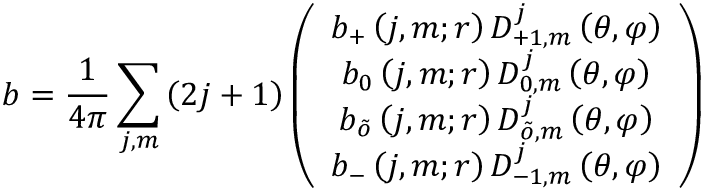
b = \frac { 1 } { 4 \pi } \sum _ { j , m } \left( 2 j + 1 \right) \left( \begin{array} { c } { { b _ { + } \left( j , m ; r \right) D _ { + 1 , m } ^ { j } \left( \theta , \varphi \right) } } \\ { { b _ { 0 } \left( j , m ; r \right) D _ { 0 , m } ^ { j } \left( \theta , \varphi \right) } } \\ { { b _ { \tilde { o } } \left( j , m ; r \right) D _ { \tilde { o } , m } ^ { j } \left( \theta , \varphi \right) } } \\ { { b _ { - } \left( j , m ; r \right) D _ { - 1 , m } ^ { j } \left( \theta , \varphi \right) } } \end{array} \right)